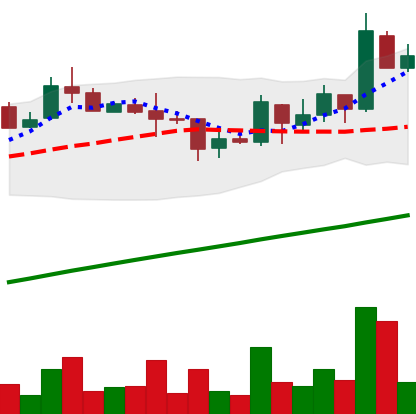
Ticker: LTC-USD
Chart end date: 2017-08-25
Forward return: 25.388%
Label: up_7plus